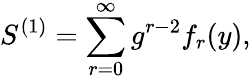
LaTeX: S^{(1)}=\sum_{r=0}^{\infty}g^{r-2}f_{r}(y),